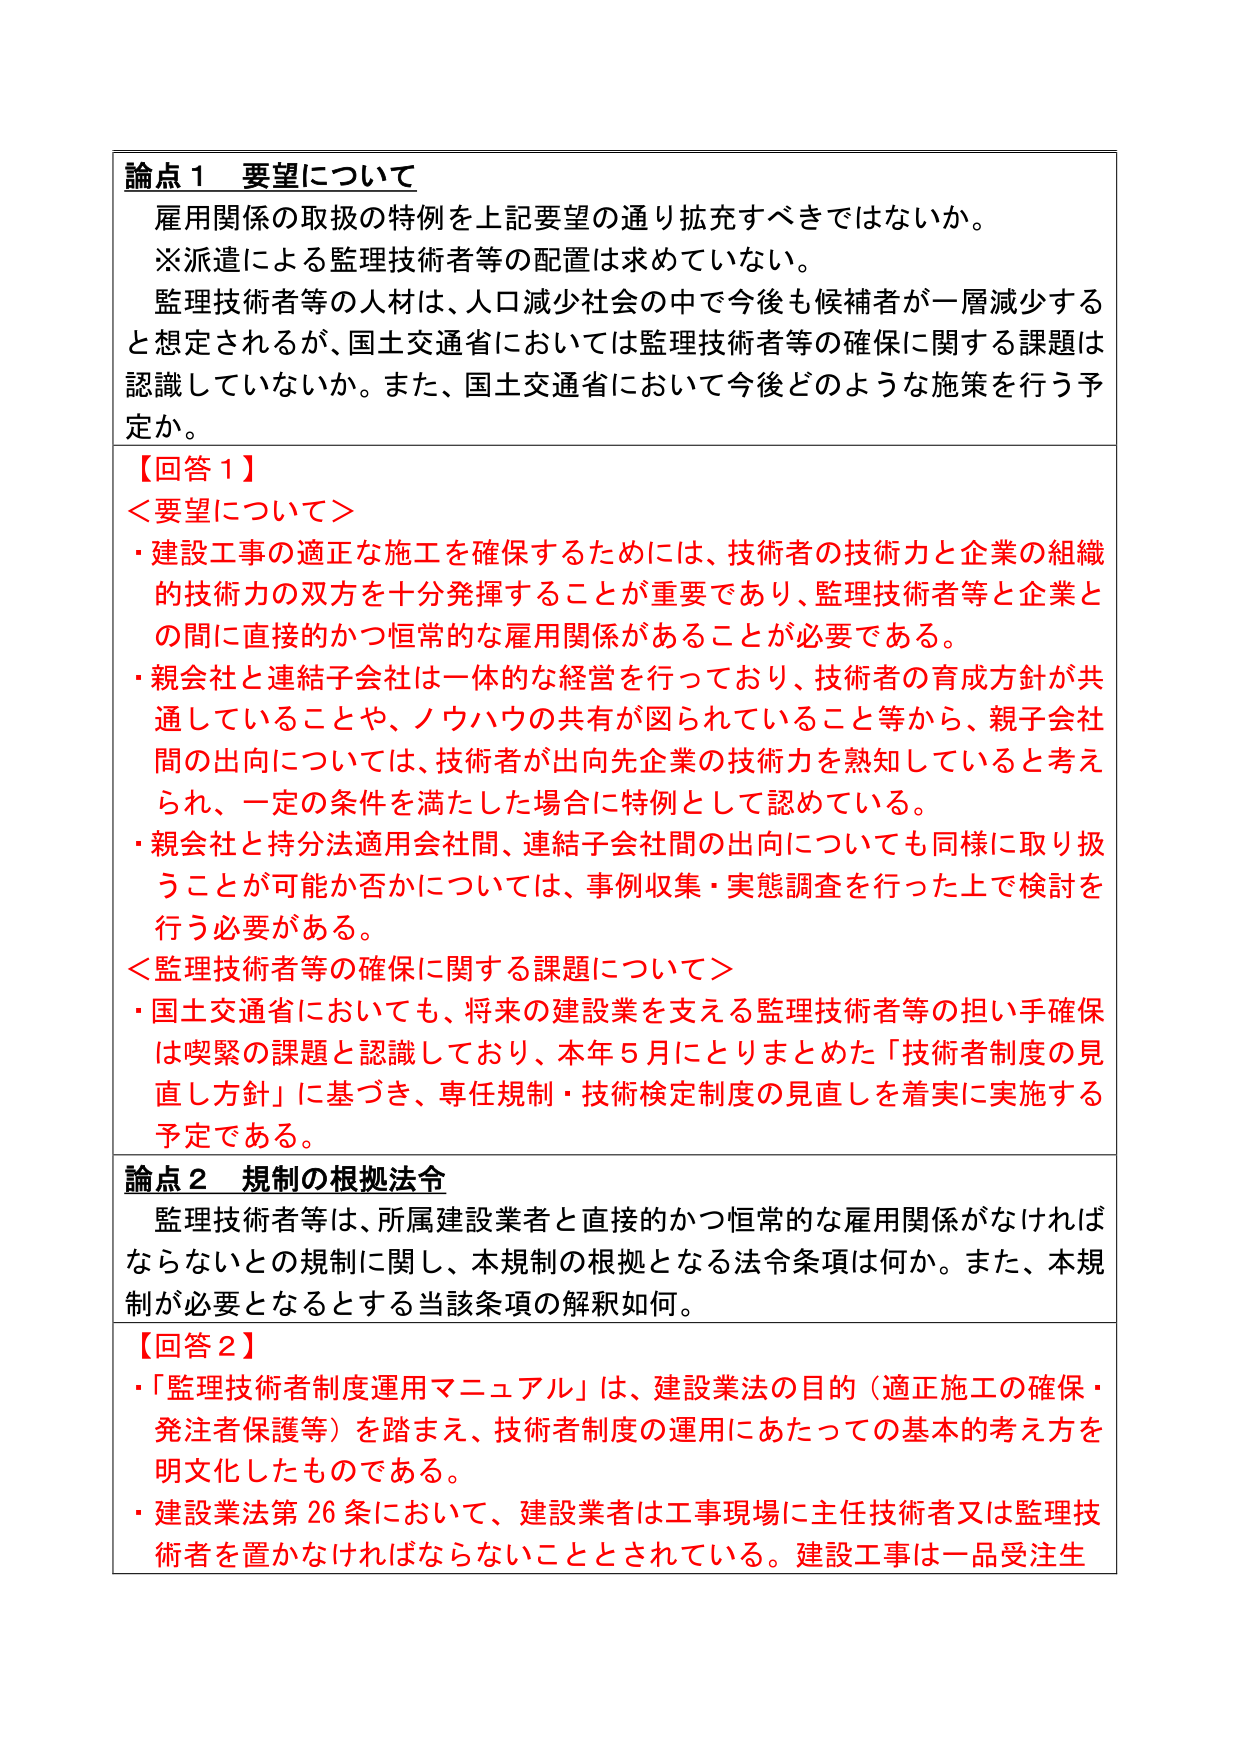
論点１ 要望について
雇用関係の取扱の特例を上記要望の通り拡充すべきではないか。
※派遣による監理技術者等の配置は求めていない。
監理技術者等の人材は、人口減少社会の中で今後も候補者が一層減少すると想定されるが、国土交通省においては監理技術者等の確保に関する課題は認識していないか。また、国土交通省において今後どのような施策を行う予定か。

【回答１】
＜要望について＞
・建設工事の適正な施工を確保するためには、技術者の技術力と企業の組織的技術力の双方を十分発揮することが重要であり、監理技術者等と企業との間に直接的かつ恒常的な雇用関係があることが必要である。
・親会社と連結子会社は一体的な経営を行っており、技術者の育成方針が共通していることや、ノウハウの共有が図られていること等から、親子会社間の出向については、技術者が出向先企業の技術力を熟知していると考えられ、一定の条件を満たした場合に特例として認めている。
・親会社と持分法適用会社間、連結子会社間の出向についても同様に取り扱うことが可能か否かについては、事例収集・実態調査を行った上で検討を行う必要がある。
＜監理技術者等の確保に関する課題について＞
・国土交通省においても、将来の建設業を支える監理技術者等の担い手確保は喫緊の課題と認識しており、本年５月にとりまとめた「技術者制度の見直し方針」に基づき、専任規制・技術検定制度の見直しを着実に実施する予定である。

論点２ 規制の根拠法令
監理技術者等は、所属建設業者と直接的かつ恒常的な雇用関係がなければならないとの規制に関し、本規制の根拠となる法令条項は何か。また、本規制が必要となるとする当該条項の解釈如何。

【回答２】
・「監理技術者制度運用マニュアル」は、建設業法の目的（適正施工の確保・発注者保護等）を踏まえ、技術者制度の運用にあたっての基本的考え方を明文化したものである。
・建設業法第26条において、建設業者は工事現場に主任技術者又は監理技術者を置かなければならないこととされている。建設工事は一品受注生